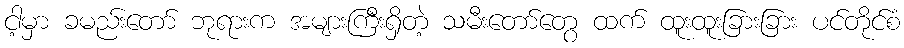
ငါ့မှာ ခမည်းတော် ဘုရားက အများကြီးရှိတဲ့ သမီးတော်တွေ ထက် ထူးထူးခြားခြား ပင်တိုင်စံ